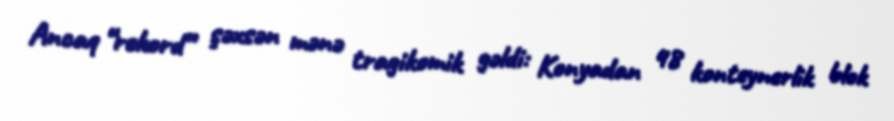
Ancaq “rekord” şəxsən mənə tragikomik gəldi: Konyadan 48 konteynerlik blok